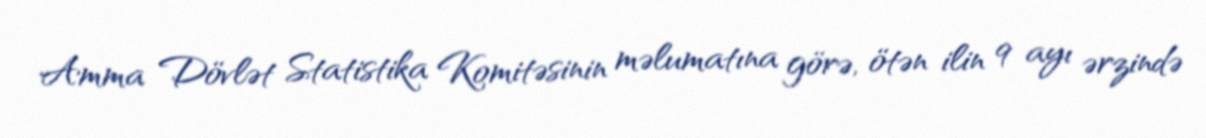
Amma Dövlət Statistika Komitəsinin məlumatına görə, ötən ilin 9 ayı ərzində